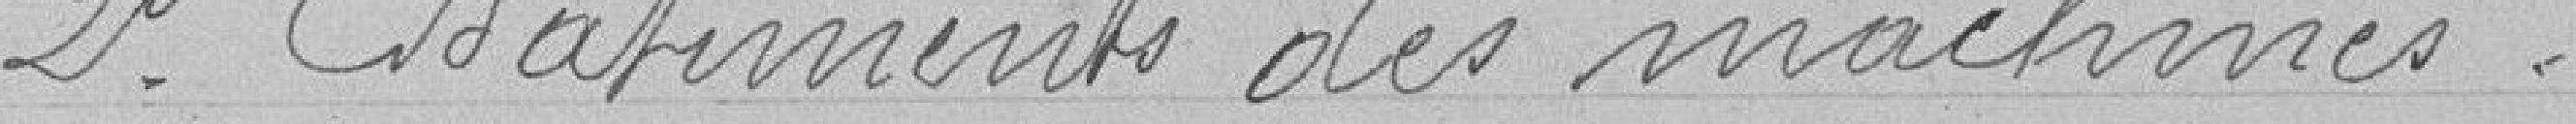
2° Bâtiment des machines